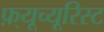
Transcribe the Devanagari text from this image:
फ़्यूच्यूरिस्ट